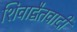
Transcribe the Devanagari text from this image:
शिवाद्वैतवादी